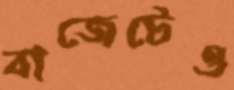
বাজেটেও